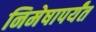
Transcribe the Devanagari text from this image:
निमेषापर्यंत